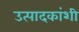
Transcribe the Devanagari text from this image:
उत्पादकांशी